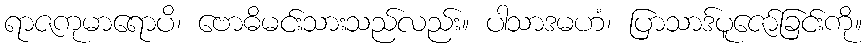
ရာဇကုမာရောပိ၊ ဗောဓိမင်းသားသည်လည်း။ ပါသာဒမဟံ၊ ပြာသာဒ်ပူဇော်ခြင်းကို။